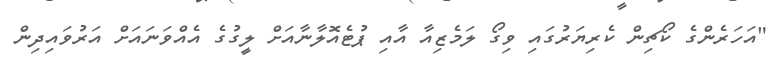
"އަހަރެންގެ ކޯޗިން ކެރިޔަރުގައި ވިގޯ ލަމެޒިއާ އާއި ޕުޓެއޮލާނާއަށް ލީގުގެ އެއްވަނައަށް އަރުވައިދިން